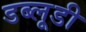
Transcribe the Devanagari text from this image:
डब्लूडी